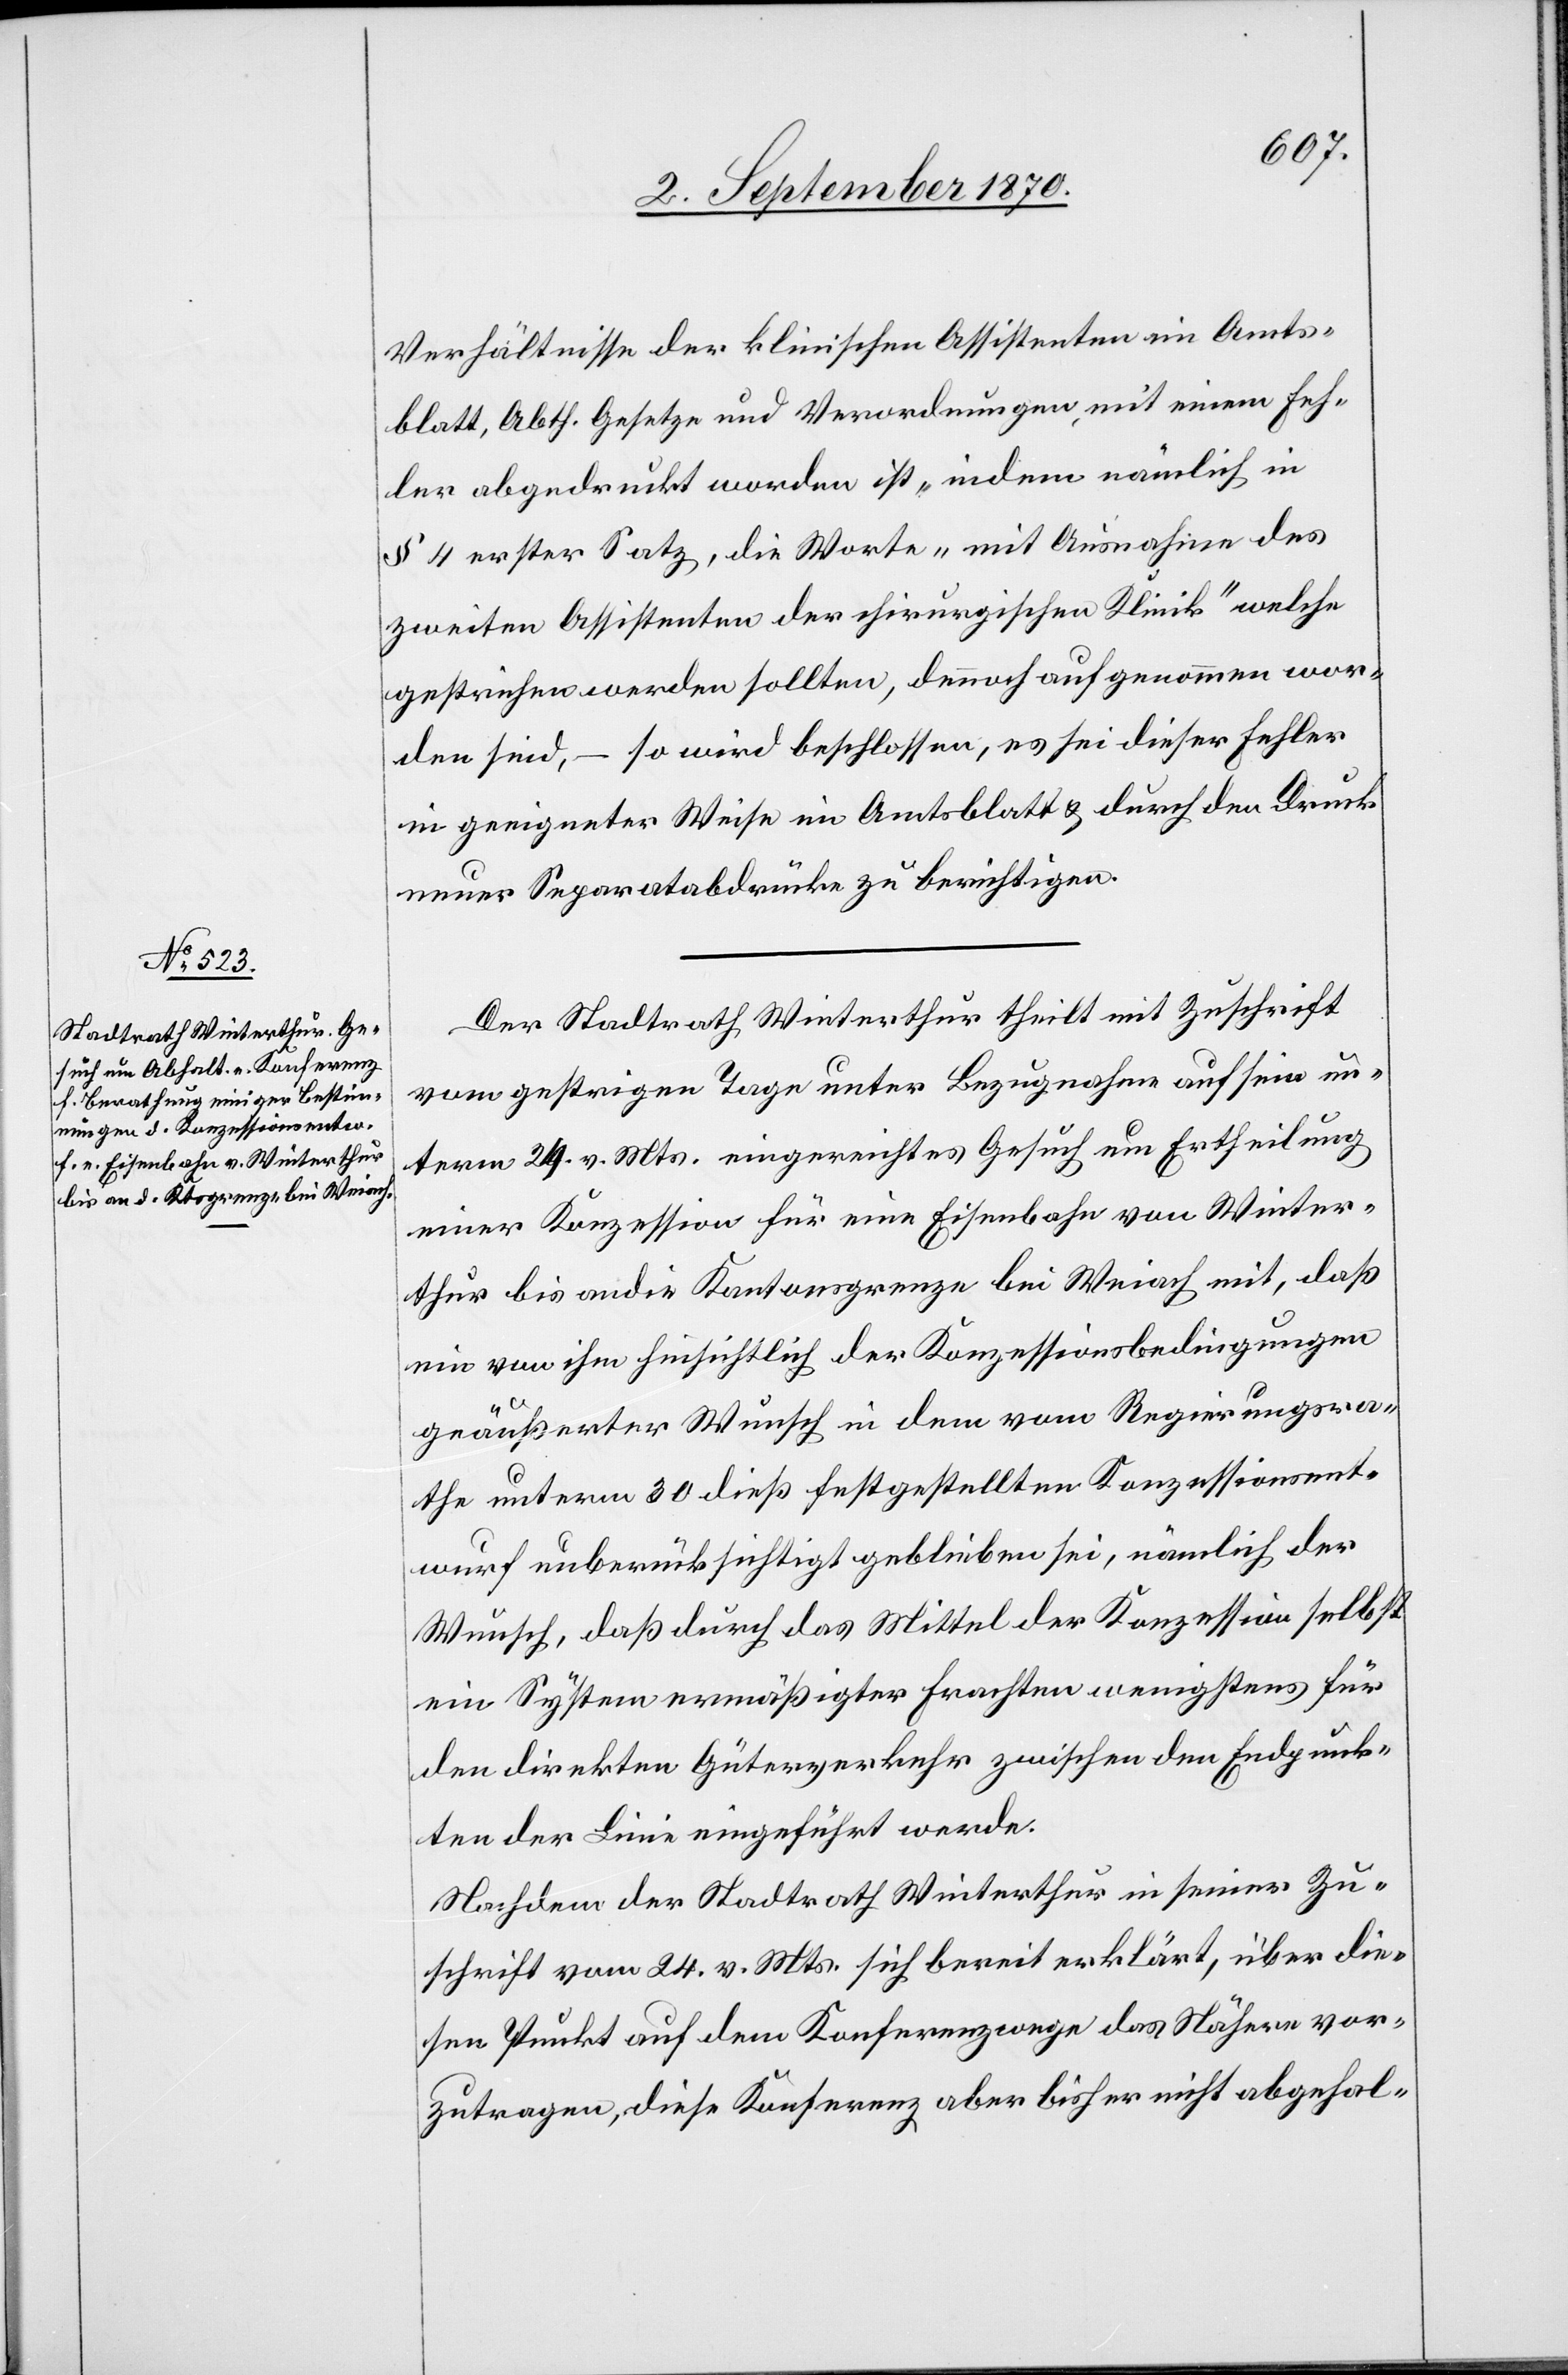
Verhältnisse der klinischen Assistenten im Amts¬
blatt, Abth. Gesetze und Verordnungen, mit einem Feh¬
ler abgedruckt worden ist, „indem nämlich in
§ 4 erster Satz, die Worte „mit Ausnahme des
zweiten Assistenten der chirurgischen Klinik“ welche
gestrichen werden sollten, dennoch aufgenommen wor¬
den sind, – so wird beschlossen, es sei dieser Fehler
in geeigneter Weise im Amtsblatt & durch den Druck
neuer Separatabdrücke zu berichtigen.
Der Stadtrath Winterthur theilt mit Zuschrift
vom gestrigen Tage unter Bezugnahme auf sein un¬
term 24. v. Mts. eingereichtes Gesuch um Ertheilung
einer Konzession für eine Eisenbahn von Winter¬
thur bis an die Kantonsgrenze bei Weiach mit, daß
ein von ihm hinsichtlich der Konzessionsbedingungen
geäußerter Wunsch in dem vom Regierungsra¬
the unterm 30. dieß festgestellten Konzessionsent¬
wurf unberücksichtigt geblieben sei, nämlich der
Wunsch, daß durch das Mittel der Konzession selbst
ein System ermäßigter Frachten wenigstens für
den direkten Güterverkehr zwischen den Endpunk¬
ten der Linie eingeführt werde.
Nachdem der Stadtrath Winterthur in seiner Zu¬
schrift vom 24. v. Mts. sich bereit erklärt, über die¬
sen Punkt auf dem Konferenzwege das Nähere vor¬
zutragen, diese Konferenz aber bisher nicht abgehal-